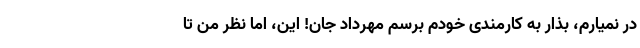
در نمیارم، بذار به کارمندی خودم برسم مهرداد جان! این، اما نظر من تا